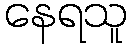
နေရသူ